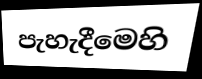
පැහැදීමෙහි